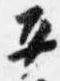
平